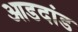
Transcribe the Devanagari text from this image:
आडदांड